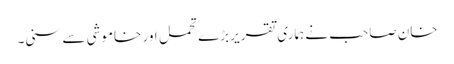
خان صاحب نے ہماری تقریر بڑے تحمل اور خاموشی سے سنی۔